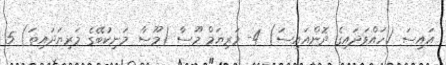
އައިސަ (ހައްވަދައިގެ ދޮންއައިސަ) 4- މަރިޔަމް މޫސާ (މޫސާ މަނިކުބޭގެ މަރިޔަދައިތަ) 5